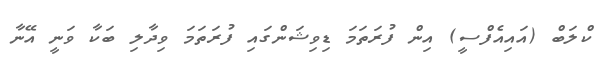
ކްލަބް (އައިއެފްސީ) އިން ފުރަތަމަ ޑިވިޝަންގައި ފުރަތަމަ ވިދާލި ބަކާ ވަނީ އޭނާ